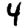
Digit: 4